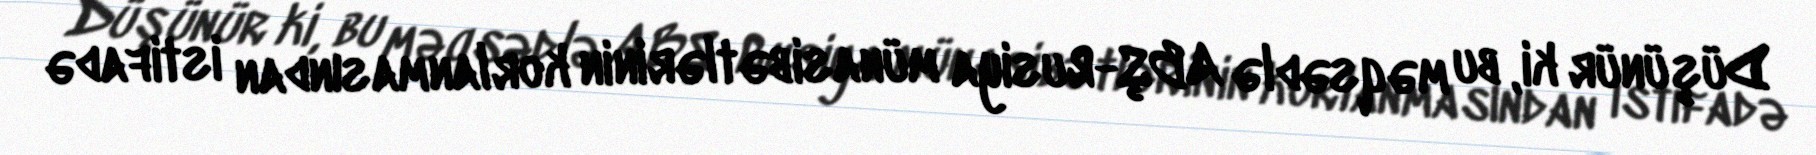
Düşünür ki, bu məqsədlə ABŞ-Rusiya münasibətlərinin korlanmasından istifadə